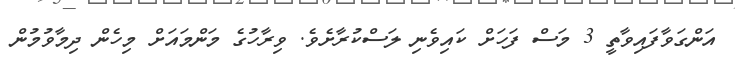
އަންގަވާފައިވާތީ 3 މަސް ފަހަށް ކައިވެނި ލަސްކުރާށެވެ. ވިރާހުގެ މަންމައަށް މިހެން ދިމާވުމުން